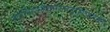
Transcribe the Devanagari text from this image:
आलिगोसैकरिलट्रांसफरेजों